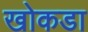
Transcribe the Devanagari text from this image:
खोकडा